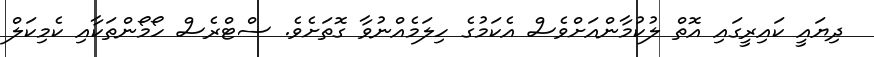
ދިޔައީ ކައިރީގައި އޮތް ލުކުމާންއަށްވެސް އެކަމުގެ ހިލަމެއްނުވާ ގޮތަށެވެ. ސްޓްރެސް ހޯމޯންތަކާއި ކެމިކަލް